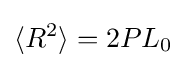
\langle R^{2}\rangle =2PL_{0}